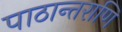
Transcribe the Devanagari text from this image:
पाठान्तराणि